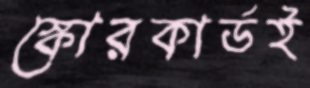
স্কোরকার্ডই